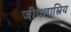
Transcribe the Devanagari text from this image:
जीवशास्त्रिय